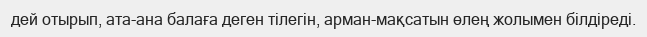
дей отырып, ата-ана балаға деген тiлегiн, арман-мақсатын өлең жолымен бiлдiредi.